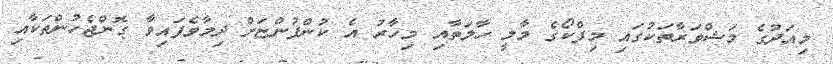
މިއަދުގެ މަޝްވަރާތަކުގައި މިފްކޯގެ މާލީ ހާލަތާއި މިހާރު އެ ކުންފުންޏަށް ދިމާވެފައިވާ ގޮންޖެހުންތަކާއި